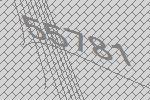
55781